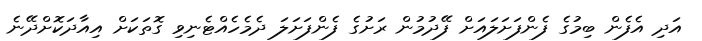
އަދި އެފެން ބިމުގެ ފެންފަށަލައަށް ފޭދުމުން ރަށުގެ ފެންފަށަލަ ދެމެހެއްޓެނިވި ގޮތަކަށް އިއާދަކޮށްދޭނެ